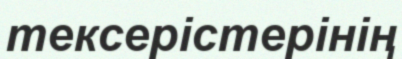
тексерістерінің